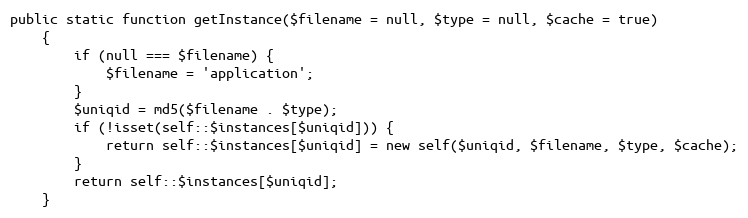
Language: PHP
public static function getInstance($filename = null, $type = null, $cache = true)
    {
        if (null === $filename) {
            $filename = 'application';
        }
        $uniqid = md5($filename . $type);
        if (!isset(self::$instances[$uniqid])) {
            return self::$instances[$uniqid] = new self($uniqid, $filename, $type, $cache);
        }
        return self::$instances[$uniqid];
    }